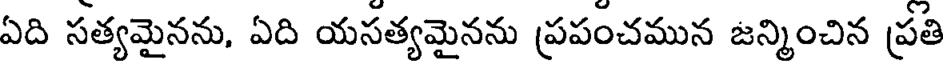
ఏది సత్యమైనను, ఏది యసత్యమైనను ప్రపంచమున జన్మించిన ప్రతి